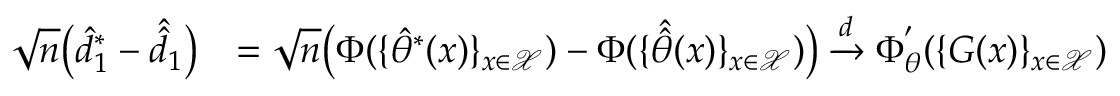
\begin{array} { r l } { \sqrt { n } \big ( \hat { d } _ { 1 } ^ { * } - \hat { \hat { d } } _ { 1 } \big ) } & { = \sqrt { n } \big ( \Phi ( \{ \hat { \theta } ^ { * } ( x ) \} _ { x \in \mathcal { X } } ) - \Phi ( \{ \hat { \hat { \theta } } ( x ) \} _ { x \in \mathcal { X } } ) \big ) \xrightarrow { d } \Phi _ { \theta } ^ { ' } ( \{ G ( x ) \} _ { x \in \mathcal { X } } ) } \end{array}